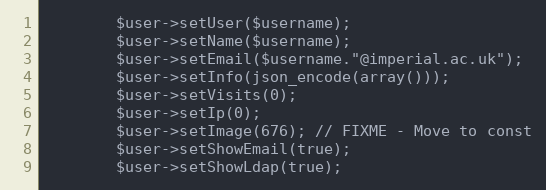
Language: PHP
        $user->setUser($username);
        $user->setName($username);
        $user->setEmail($username."@imperial.ac.uk");
        $user->setInfo(json_encode(array()));
        $user->setVisits(0);
        $user->setIp(0);
        $user->setImage(676); // FIXME - Move to const
        $user->setShowEmail(true);
        $user->setShowLdap(true);